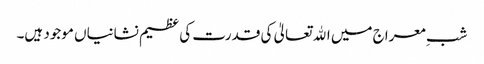
شبِ معراج میں اﷲ تعالیٰ کی قدرت کی عظیم نشانیاں موجود ہیں۔